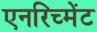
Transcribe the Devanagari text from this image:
एनरिच्मेंट